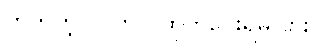
ဟုတ်ကဲ့။ ပါကင် ထုတ်ပေးရမလား။